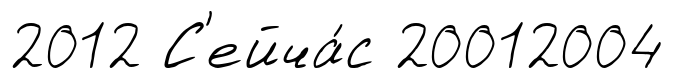
2012 С'ейча́с 20012004